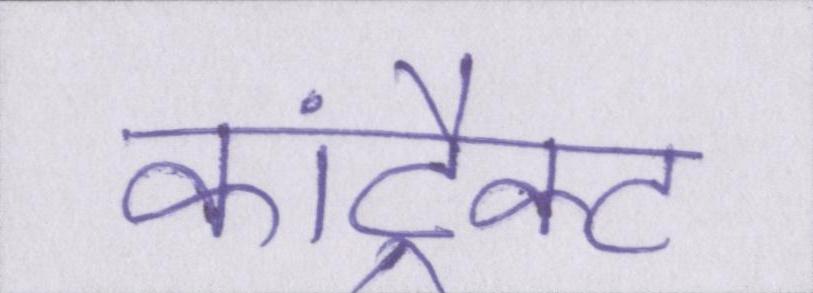
कांट्रैक्ट